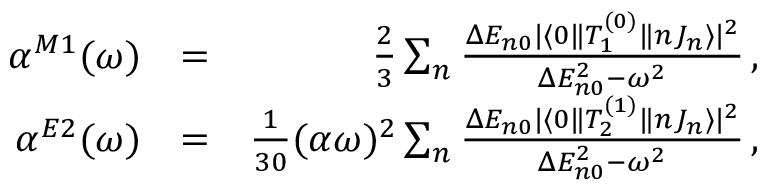
\begin{array} { r l r } { \alpha ^ { M 1 } ( \omega ) } & { = } & { \frac { 2 } { 3 } \sum _ { n } \frac { \Delta E _ { n 0 } | \langle 0 \| T _ { 1 } ^ { ( 0 ) } \| n J _ { n } \rangle | ^ { 2 } } { \Delta E _ { n 0 } ^ { 2 } - \omega ^ { 2 } } \, , } \\ { \alpha ^ { E 2 } ( \omega ) } & { = } & { \frac { 1 } { 3 0 } ( \alpha \omega ) ^ { 2 } \sum _ { n } \frac { \Delta E _ { n 0 } | \langle 0 \| T _ { 2 } ^ { ( 1 ) } \| n J _ { n } \rangle | ^ { 2 } } { \Delta E _ { n 0 } ^ { 2 } - \omega ^ { 2 } } \, , } \end{array}